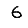
Digit: 6